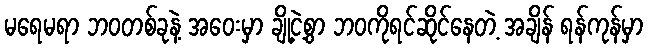
မရေမရာ ဘဝတစ်ခုနဲ့ အဝေးမှာ ချို့ငဲ့စွာ ဘဝကိုရင်ဆိုင်နေတဲ့ အချိန် ရန်ကုန်မှာ